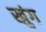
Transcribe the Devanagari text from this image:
खुंग